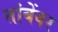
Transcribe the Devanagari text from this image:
तांबेंवर